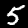
Digit: 5